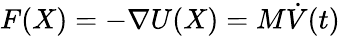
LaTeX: F(X)=-\nabla U(X)=M{\dot{V}}(t)